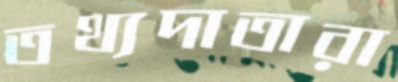
তথ্যদাতারা